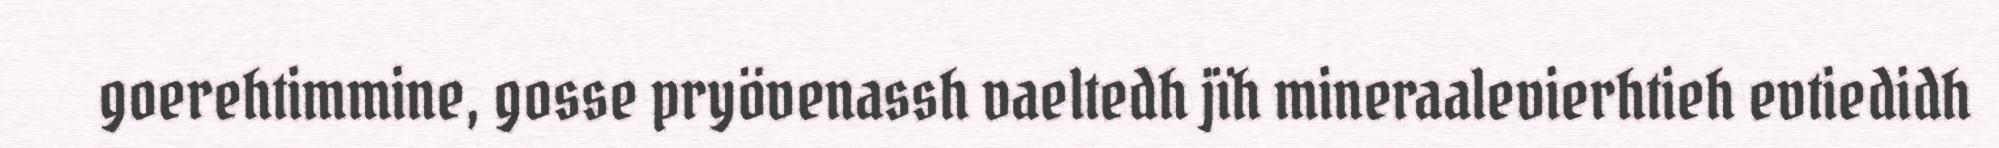
goerehtimmine, gosse pryövenassh vaeltedh jïh mineraalevierhtieh evtiedidh